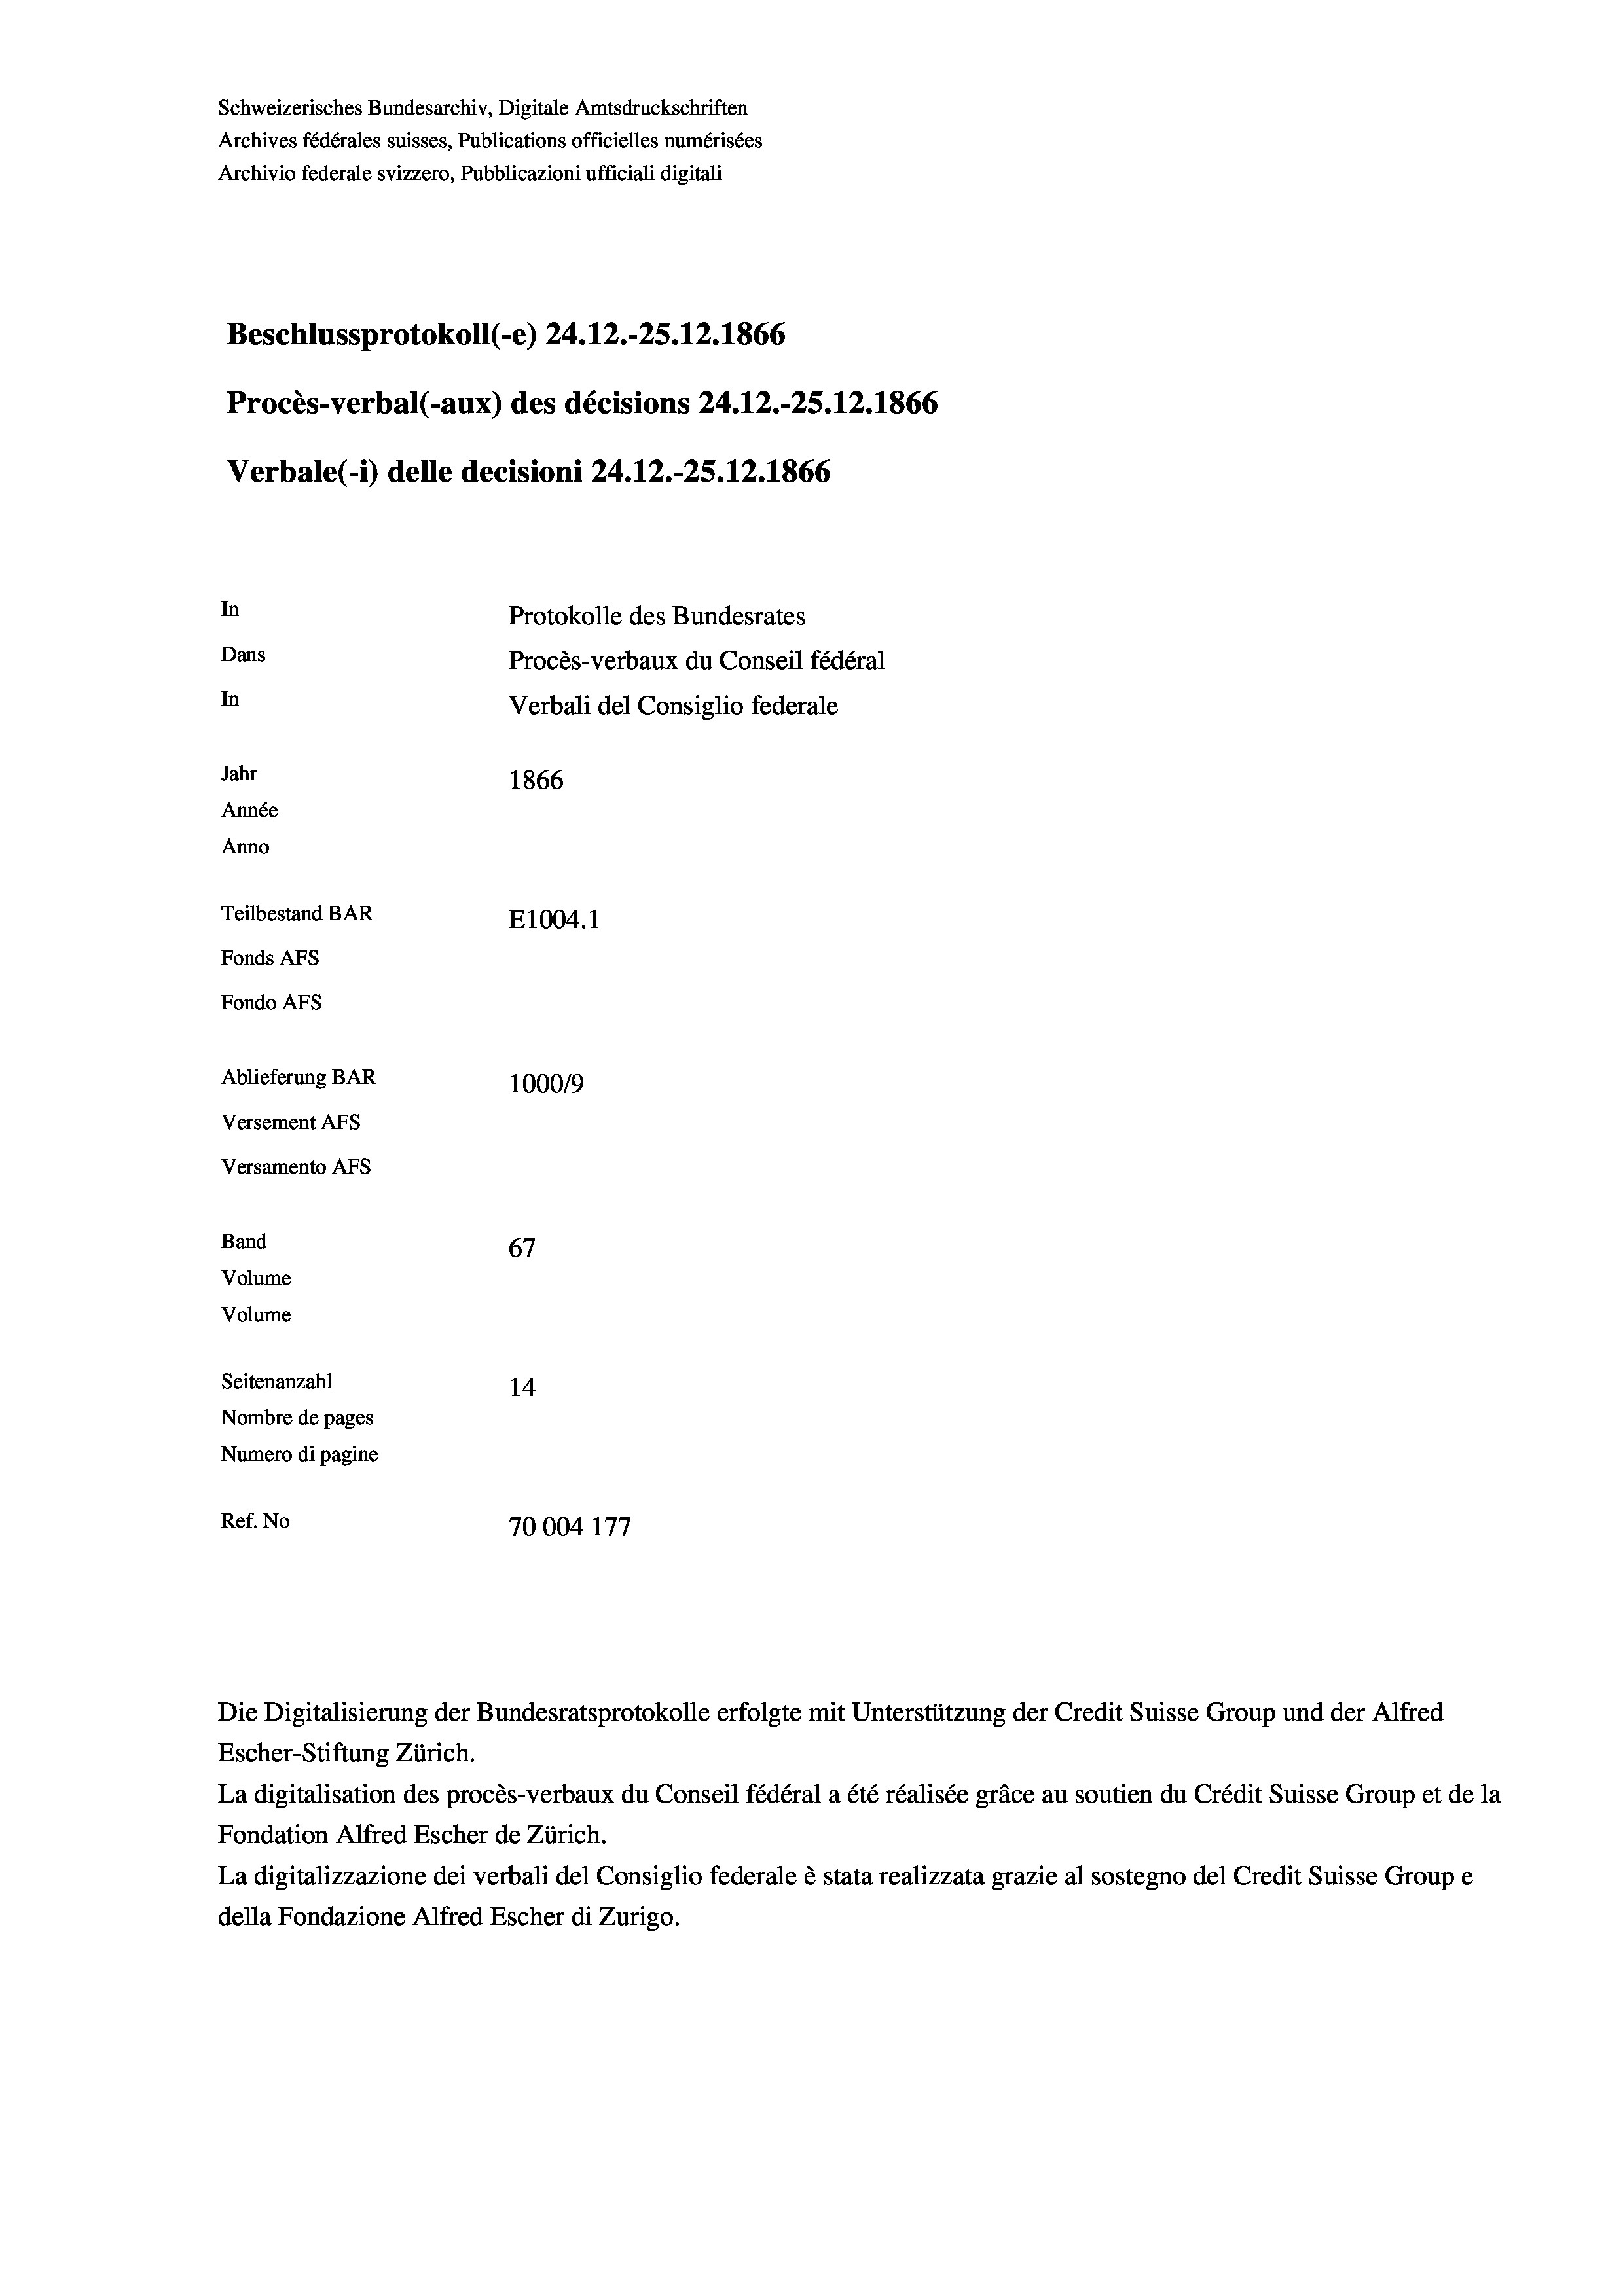
Schweizerisches Bundesarchiv, Digitale Amtsdruckschriften
Archives fédérales suisses, Publications officielles numérisées
Archivio federale svizzero, Pubblicazioni ufficiali digitali
Beschlussprotokoll (-e) 24.12.-25. 12. 1866
Procès-verbal (-aux) des décisions 24.12.-25.12.1866
Verbale (i) delle decisioni 24.12.-25.12.1866
In
Protokolle des Bundesrates
Dans
Procès-verbaux du Conseil fédéral
In
Verbali del Consiglio federale
Jahr
1866
Année
Anno
Teilbestand BAR
E1004. 1
Fonds AFs
Fondo Afs
Ablieferung BAR
100019
Versement AFs
Versamento Afs
Band
67
Volume
Volume
Seitenanzahl
14
Nombre de pages
Numero di pagine
Ref. No
70004 177

Escher-Stiftung Zürich.
La digitalisation des procès-verbaux du Conseil fédéral a été réalisée gräce au soutien du Crédit Suisse Group et de la
Fondation Alfred Escher de Zürich.
La digitalizzazione dei verbali del Consiglio federale è stata realizzata grazie al sostegno del Credit Suisse Groupe
della Fondazione Alfred Escher di Zurigo.

Die Digitalisierung der Bundesratsprotokolle erfolgte mit Unterstützung der Credit Suisse Group und der Alfred